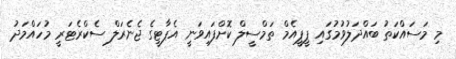
މި މަސައްކަތު ބައްދަލުވުމުގައި ޕީޕީއެމް ތަމްސީލް ކޮށްފައިވަނީ އެޕާޓީގެ ޖެނެރަލް ސެކްރެޓަރީ މުހައްމަދު